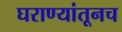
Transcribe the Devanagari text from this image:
घराण्यांतूनच